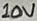
Text: 10V